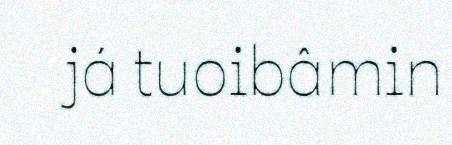
já tuoibâmin